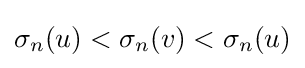
\sigma _{n}(u)<\sigma _{n}(v)<\sigma _{n}(u)